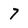
Character: 7